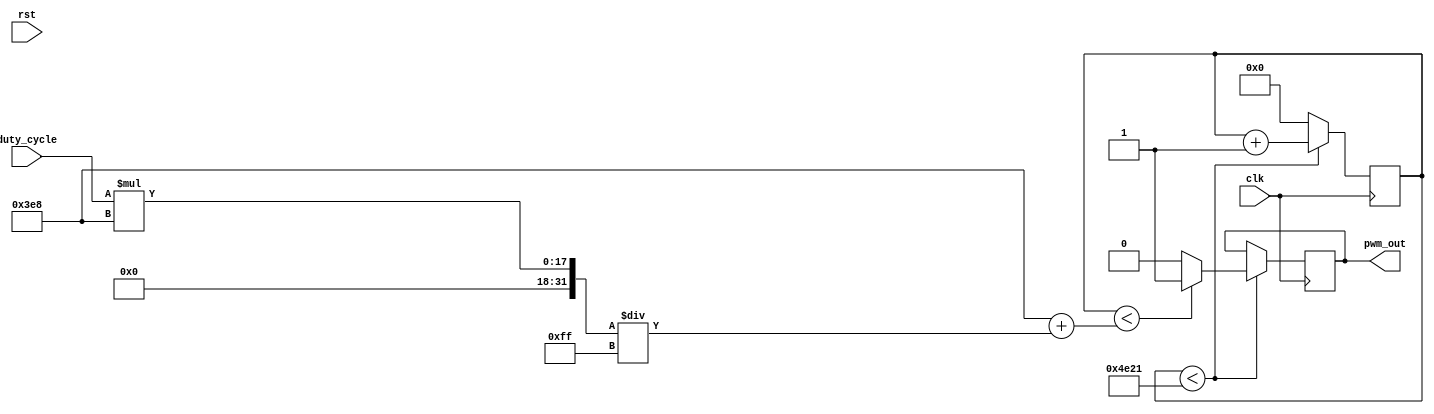
module pwm_generator(
    input       clk, 
    input       rst, 
    input [7:0] duty_cycle, 
    output reg  pwm_out
);

reg [31:0] counter = 0;

parameter max_duty_us = 1000;
parameter wait_time_us = 20000;
 
initial begin
    pwm_out = 0;
end

always @(posedge clk) begin

    if (counter < wait_time_us + 1) begin
        if (counter <  ( 1000 + (duty_cycle * max_duty_us) / 255 ) ) begin
            pwm_out <= 1;          
        end
        else begin
            pwm_out <= 0; 
        end
        
        counter <= counter + 1;
    end
    else begin
        counter <= 0;
    end 
    
end

endmodule